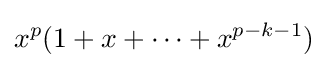
x^{p}(1+x+\dots +x^{p-k-1})